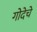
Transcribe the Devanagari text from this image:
गोदेचे